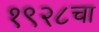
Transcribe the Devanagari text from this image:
१९२८चा